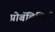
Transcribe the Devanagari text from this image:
प्रोबॅबिलिटी